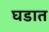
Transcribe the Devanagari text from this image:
घडात